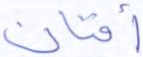
أفنان